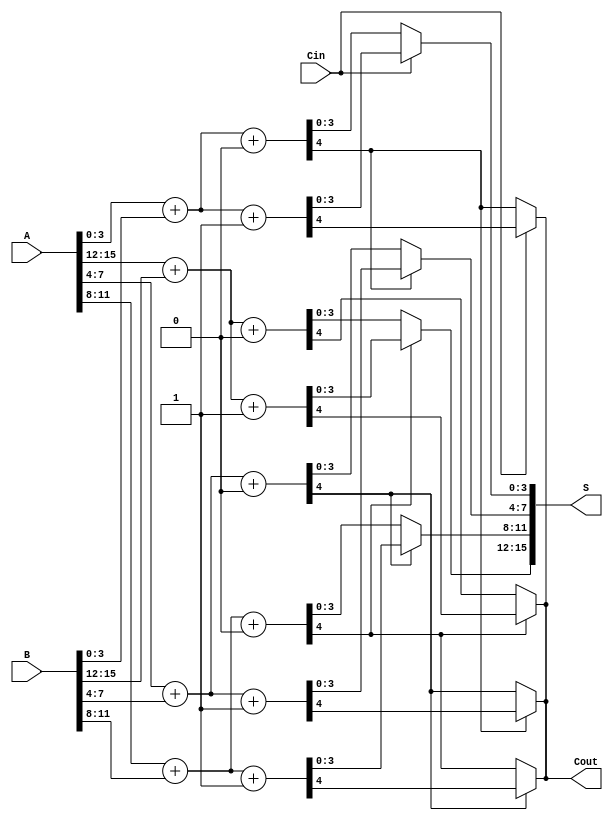
module CarrySelectAdder #(parameter N = 16) (
    input  [N-1:0] A,      // Input A
    input  [N-1:0] B,      // Input B
    input  Cin,            // Carry input
    output [N-1:0] S,      // Sum output
    output Cout            // Carry output
);

    localparam SEGMENT_WIDTH = 4; // Width of each segment
    localparam NUM_SEGMENTS = N / SEGMENT_WIDTH; // Number of segments

    wire [SEGMENT_WIDTH-1:0] sum0 [0:NUM_SEGMENTS-1]; // Sums for Cin = 0
    wire [SEGMENT_WIDTH-1:0] sum1 [0:NUM_SEGMENTS-1]; // Sums for Cin = 1
    wire carry0 [0:NUM_SEGMENTS-1]; // Carry outputs for Cin = 0
    wire carry1 [0:NUM_SEGMENTS-1]; // Carry outputs for Cin = 1
    wire [NUM_SEGMENTS-1:0] sel; // Carry select signals

    genvar i;
    generate
        for (i = 0; i < NUM_SEGMENTS; i = i + 1) begin : CSLA_SEGMENTS
            wire [SEGMENT_WIDTH-1:0] A_segment = A[i*SEGMENT_WIDTH +: SEGMENT_WIDTH];
            wire [SEGMENT_WIDTH-1:0] B_segment = B[i*SEGMENT_WIDTH +: SEGMENT_WIDTH];

            // Compute sums and carries assuming Cin = 0
            assign {carry0[i], sum0[i]} = A_segment + B_segment + 1'b0;

            // Compute sums and carries assuming Cin = 1
            assign {carry1[i], sum1[i]} = A_segment + B_segment + 1'b1;

            // Select the appropriate carry based on the carry from the previous segment
            if (i > 0) begin
                assign sel[i] = carry0[i-1]; // Carry from previous segment
            end
        end
    endgenerate

    // Mux logic to select the appropriate sum and carry outputs
    generate
        for (i = 0; i < NUM_SEGMENTS; i = i + 1) begin : CSLA_MUX
            if (i == 0) begin
                assign S[i*SEGMENT_WIDTH +: SEGMENT_WIDTH] = (Cin) ? sum1[i] : sum0[i];
                assign Cout = (Cin) ? carry1[i] : carry0[i];
            end else begin
                assign S[i*SEGMENT_WIDTH +: SEGMENT_WIDTH] = (sel[i]) ? sum1[i] : sum0[i];
                assign Cout = (sel[i]) ? carry1[i] : carry0[i];
            end
        end
    endgenerate

endmodule